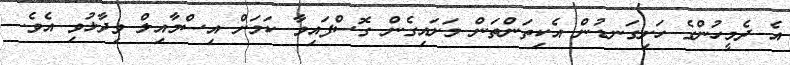
އެ ދެމީހުންގެ ހަށިގަނޑުން އެކިތަންތަން މަށައިގެން ގޮސްފައިވާ ކަމަށް އިސްމާއިލް ވިދާޅުވި އެވެ.